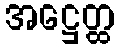
အဋ္ဌေတ္ထ